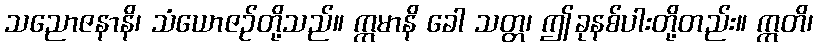
သညောဇနာနိ၊ သံယောဇဉ်တို့သည်။ ဣမာနိ ခေါ သတ္တ၊ ဤခုနစ်ပါးတို့တည်း။ ဣတိ၊